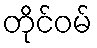
တိုင်ဝမ်